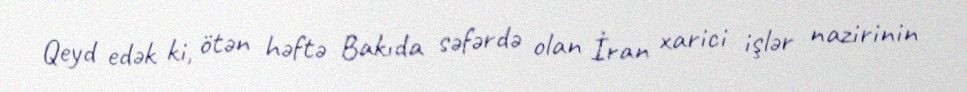
Qeyd edək ki, ötən həftə Bakıda səfərdə olan İran xarici işlər nazirinin